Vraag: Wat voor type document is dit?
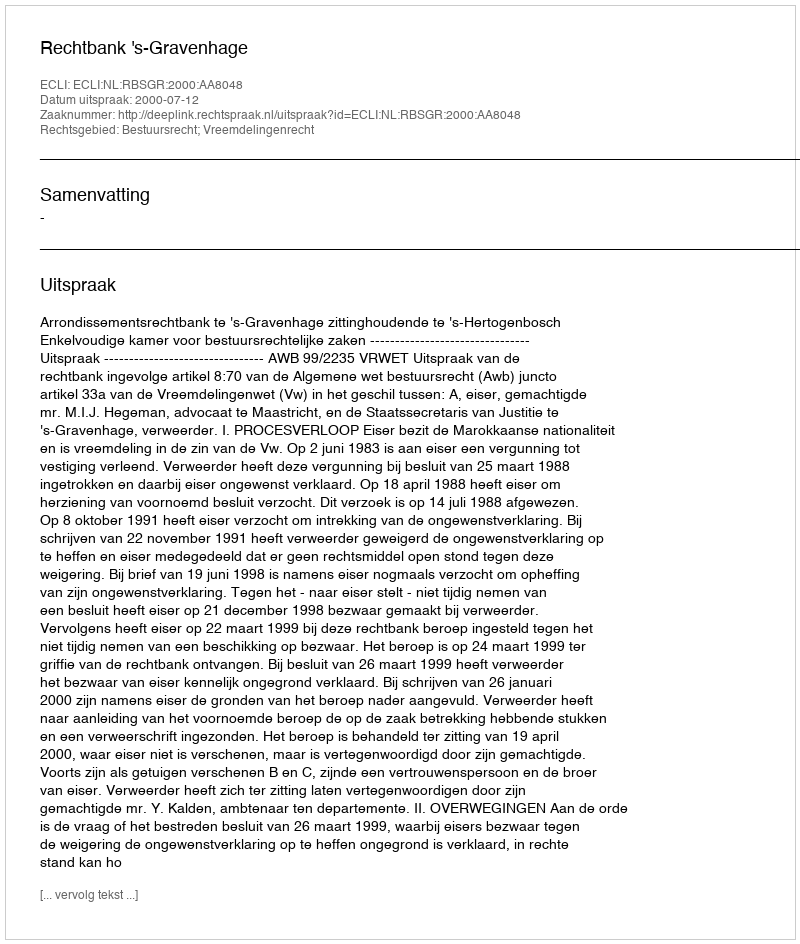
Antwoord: Uitspraak